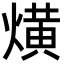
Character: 熿